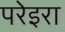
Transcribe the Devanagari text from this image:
परेइरा